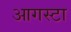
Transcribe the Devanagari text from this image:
आगस्टा